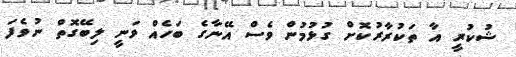
ޝުކުރީ އާ ތަކުރާރުކޮށް ގުޅުމުން ވެސް އޭނާގެ ބަހެއް ވަނީ ލިބޭގޮތް ނުވެފަ